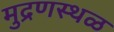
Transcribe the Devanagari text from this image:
मुद्रणस्थळ